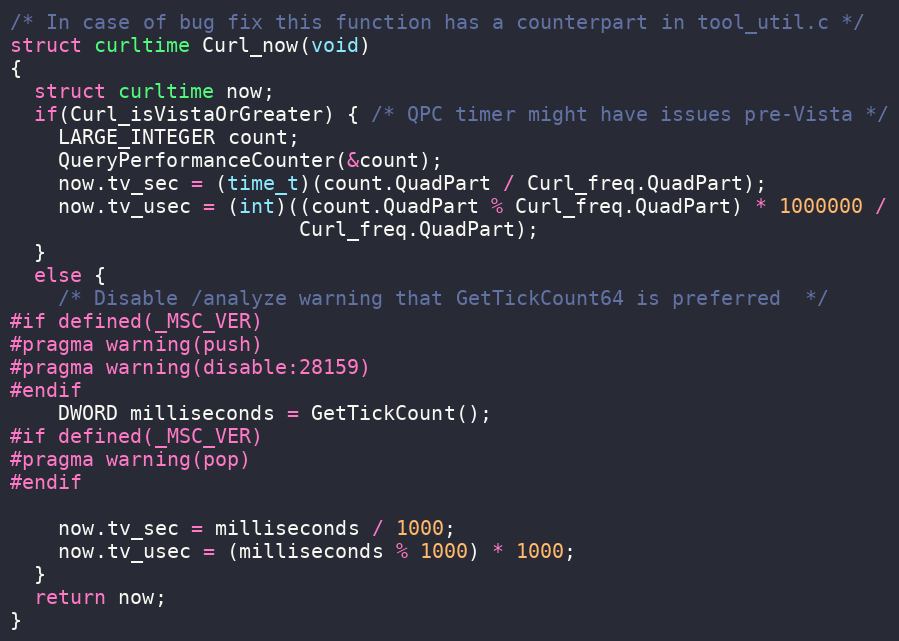
Language: C
/* In case of bug fix this function has a counterpart in tool_util.c */
struct curltime Curl_now(void)
{
  struct curltime now;
  if(Curl_isVistaOrGreater) { /* QPC timer might have issues pre-Vista */
    LARGE_INTEGER count;
    QueryPerformanceCounter(&count);
    now.tv_sec = (time_t)(count.QuadPart / Curl_freq.QuadPart);
    now.tv_usec = (int)((count.QuadPart % Curl_freq.QuadPart) * 1000000 /
                        Curl_freq.QuadPart);
  }
  else {
    /* Disable /analyze warning that GetTickCount64 is preferred  */
#if defined(_MSC_VER)
#pragma warning(push)
#pragma warning(disable:28159)
#endif
    DWORD milliseconds = GetTickCount();
#if defined(_MSC_VER)
#pragma warning(pop)
#endif

    now.tv_sec = milliseconds / 1000;
    now.tv_usec = (milliseconds % 1000) * 1000;
  }
  return now;
}